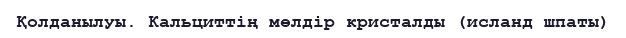
Қолданылуы. Кальциттің мөлдір кристалды (исланд шпаты)